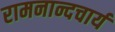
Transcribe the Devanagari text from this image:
रामनान्दचार्य